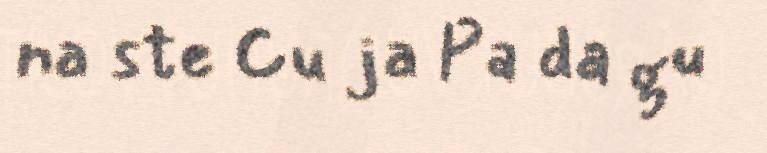
na ste Cu ja Pa da gu